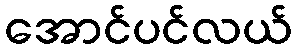
အောင်ပင်လယ်